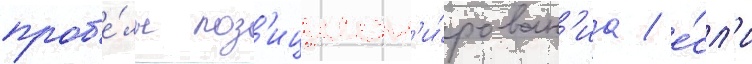
проб'е́лы поз'ицион'и́рован'иа / е́сл'и